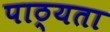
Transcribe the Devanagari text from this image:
पाठ्यता